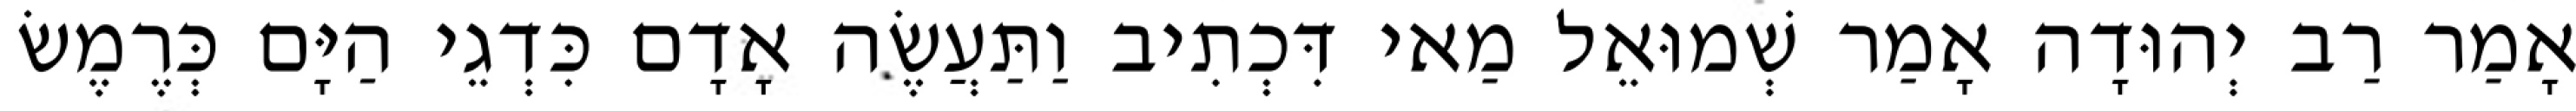
אָמַר רַב יְהוּדָה אָמַר שְׁמוּאֵל מַאי דִּכְתִיב וַתַּעֲשֶׂה אָדָם כִּדְגֵי הַיָּם כְּרֶמֶשׂ